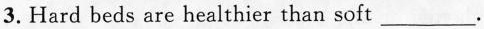
3. Hard beds are healthier than soft ___.